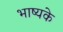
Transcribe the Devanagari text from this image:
भाष्यके